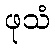
ဖုသံ